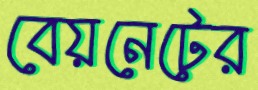
বেয়নেটের